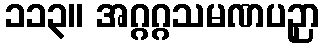
၁၁၃။ အဂ္ဂဂ္ဂသမဏပဉှာ